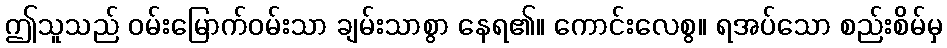
ဤသူသည် ဝမ်းမြောက်ဝမ်းသာ ချမ်းသာစွာ နေရ၏။ ကောင်းလေစွ။ ရအပ်သော စည်းစိမ်မှ